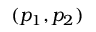
( p _ { 1 } , p _ { 2 } )